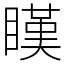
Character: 䁧